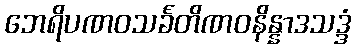
ဘေရိပဏဝသင်္ခတိဏဝနိန္နာဒသဒ္ဒံ